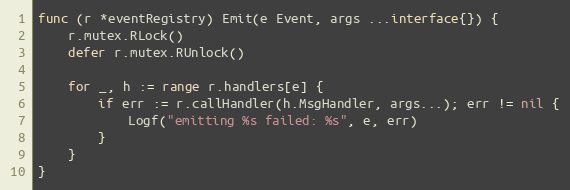
Language: Go
func (r *eventRegistry) Emit(e Event, args ...interface{}) {
	r.mutex.RLock()
	defer r.mutex.RUnlock()

	for _, h := range r.handlers[e] {
		if err := r.callHandler(h.MsgHandler, args...); err != nil {
			Logf("emitting %s failed: %s", e, err)
		}
	}
}